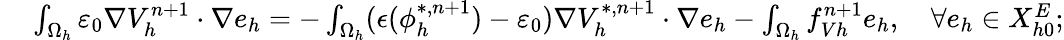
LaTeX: \begin{array}{rl}{\small}&{{}\int_{\Omega_{h}}\varepsilon_{0}\nabla V_{h}^{n+1}\cdot\nabla e_{h}=-\int_{\Omega_{h}}(\epsilon(\phi_{h}^{*,n+1})-\varepsilon_{0})\nabla V_{h}^{*,n+1}\cdot\nabla e_{h}-\int_{\Omega_{h}}f_{Vh}^{n+1}e_{h},\quad\forall e_{h}\in X_{h0}^{E};}\end{array}